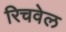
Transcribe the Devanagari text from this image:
रिचवेल